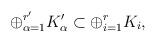
LaTeX: \begin{align*}\oplus_{\alpha=1}^{r'}K'_\alpha\subset\oplus_{i=1}^rK_i,\end{align*}